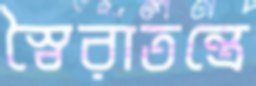
স্বৈরাতন্ত্রে